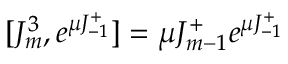
[ J _ { m } ^ { 3 } , e ^ { \mu J _ { - 1 } ^ { + } } ] = \mu J _ { m - 1 } ^ { + } e ^ { \mu J _ { - 1 } ^ { + } }